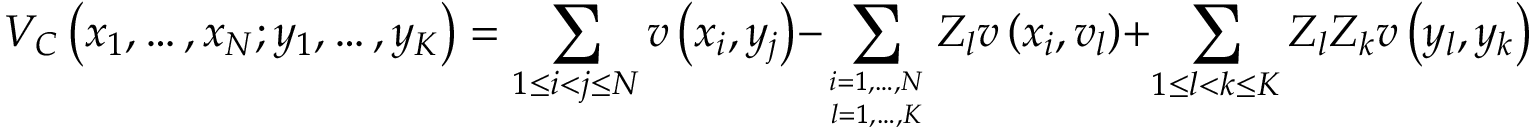
V _ { C } \left( x _ { 1 } , \ldots , x _ { N } ; y _ { 1 } , \ldots , y _ { K } \right) = \sum _ { 1 \leq i < j \leq N } v \left( x _ { i } , y _ { j } \right) - \sum _ { i = 1 , \ldots , N \atop l = 1 , \ldots , K } Z _ { l } v \left( x _ { i } , v _ { l } \right) + \sum _ { 1 \leq l < k \leq K } Z _ { l } Z _ { k } v \left( y _ { l } , y _ { k } \right) \ .